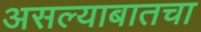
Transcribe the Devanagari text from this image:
असल्याबातचा